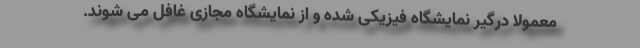
معمولا درگیر نمایشگاه فیزیکی شده و از نمایشگاه مجازی غافل می شوند.